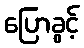
ပြောခွင့်